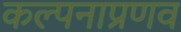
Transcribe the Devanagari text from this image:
कल्पनाप्रणव